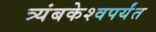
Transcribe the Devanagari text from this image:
त्र्यंबकेश्वपर्यंत